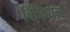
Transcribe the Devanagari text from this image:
बिंकिघम